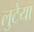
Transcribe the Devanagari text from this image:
लुटेया